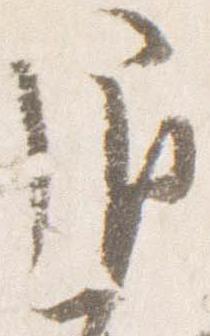
退